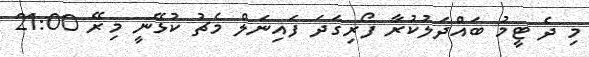
މި ދެ ޓީމު ބައްދަލުކުރާ ފޯރިގަދަ ފައިނަލް މެޗު ކުޅޭނީ މިރޭ 21:00